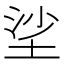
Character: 𡋷